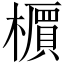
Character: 𬄹